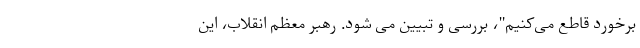
برخورد قاطع می‌کنیم"، بررسی و تبیین می شود. رهبر معظم انقلاب، این